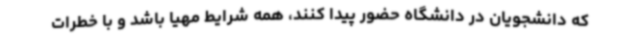
که دانشجویان در دانشگاه حضور پیدا کنند، همه شرایط مهیا باشد و با خطرات